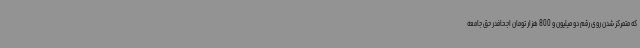
که متمرکز شدن روی رقم دو میلیون و 800 هزار تومان اجحافدر حق جامعه